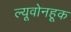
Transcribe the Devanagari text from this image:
ल्यूवोनहूक